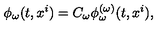
\phi _ { \omega } ( t , x ^ { i } ) = C _ { \omega } \phi _ { \omega } ^ { ( \omega ) } ( t , x ^ { i } ) ,